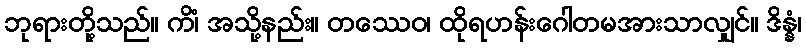
ဘုရားတို့သည်။ ကိံ၊ အသို့နည်း။ တဿေဝ၊ ထိုရဟန်းဂေါတမအားသာလျှင်။ ဒိန္နံ၊